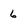
Character: 6